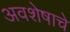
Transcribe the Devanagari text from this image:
अवशेषाचे